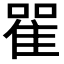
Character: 𨾴